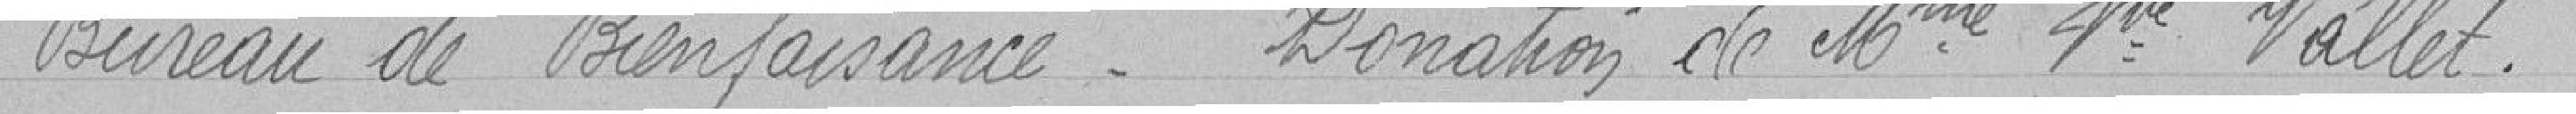
Bureau de Bienfaisance. Donation de madame Pre Vallet.